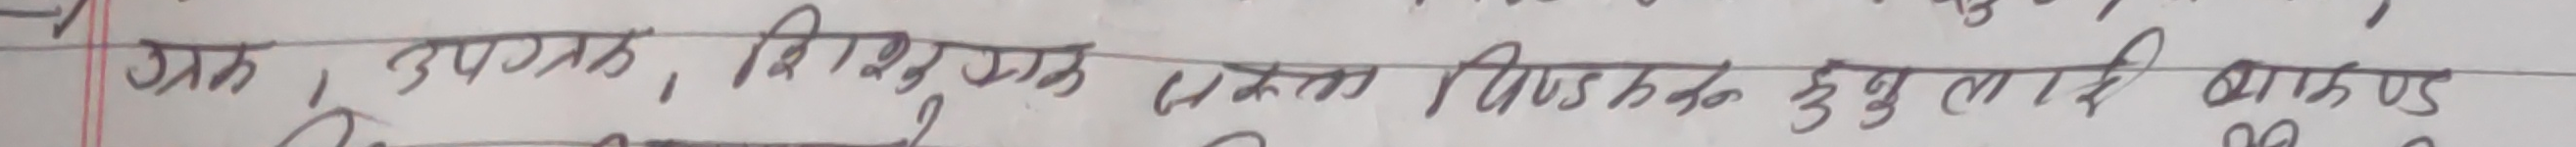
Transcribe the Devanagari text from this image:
ज्ञान , उपयोग , विभुङ्‌क , एकता , विषयहरूका कुनु लागी वाकउड